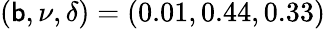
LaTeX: (\mathsf{b},\nu,\delta)=(0.01,0.44,0.33)